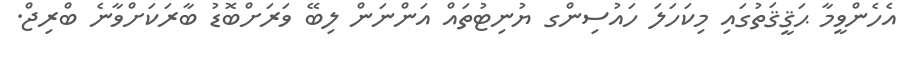
އެހެންވީމާ ޙަޤީޤަތުގައި މިކަހަލަ ހައުސިންގ ޔުނިޓުތައް އަންނަން ލިބޭ ވަރަށްބޮޑު ބާރަކަށްވާނެ ބްރިޖް.